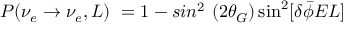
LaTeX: P ( \nu _ { e } \rightarrow \nu _ { e } , L ) \ = 1 - s i n ^ { 2 } \ ( 2 \theta _ { G } ) \sin ^ { 2 } [ \delta \bar { \phi } E L ]